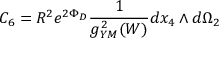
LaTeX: C _ { 6 } = R ^ { 2 } e ^ { 2 \Phi _ { D } } { \frac { 1 } { g _ { Y M } ^ { 2 } ( W ) } } d x _ { 4 } \wedge d \Omega _ { 2 }